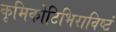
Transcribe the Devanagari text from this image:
कृमिकोटिभिराविष्टं